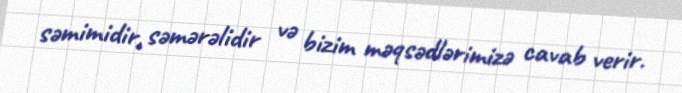
səmimidir, səmərəlidir və bizim məqsədlərimizə cavab verir.